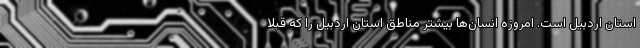
استان اردبیل است. امروزه انسان‌ها بیشتر مناطق استان اردبیل را که قبلا